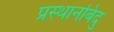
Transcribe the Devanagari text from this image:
प्रस्थानबिंदु